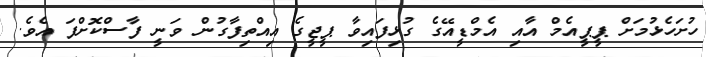
ހުށަހެޅުމަށް ޕީޕީއެމް އާއި އެމްޑީއޭގެ ގުޅިފައިވާ ޕީޖީގެ އިއްތިފާގުން ވަނީ ފާސްކޮށްފަ އެވެ.